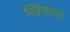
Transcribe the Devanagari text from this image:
खिंचावट